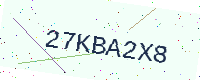
Text: 27KBA2X8